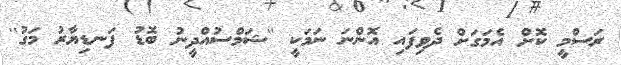
ރަސްމީ ކޮށް އެމަގަށް ދެވިފައި އޮންނަ ނަމަކީ ''ޝަމްސުއްދީނު ބޮޑު ފަނޑިޔާރު މަގު''